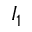
I _ { 1 }